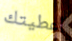
أعطيتك